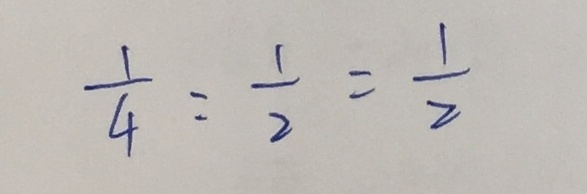
\frac { 1 } { 4 } : \frac { 1 } { 2 } = \frac { 1 } { 2 }